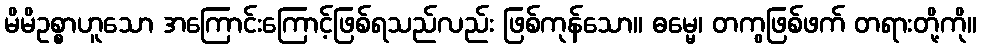
မိမိဥစ္စာဟူသော အကြောင်းကြောင့်ဖြစ်ရသည်လည်း ဖြစ်ကုန်သော။ ဓမ္မေ၊ တကွဖြစ်ဖက် တရားတို့ကို။